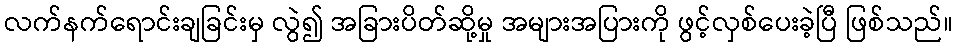
လက်နက်ရောင်းချခြင်းမှ လွဲ၍ အခြားပိတ်ဆို့မှု အများအပြားကို ဖွင့်လှစ်ပေးခဲ့ပြီ ဖြစ်သည်။